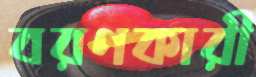
বরণকারী